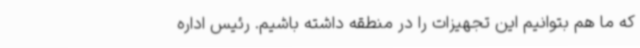
که ما هم بتوانیم این تجهیزات را در منطقه داشته‌ باشیم. رئیس‌ اداره‌